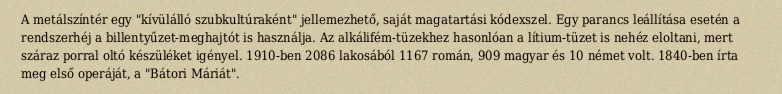
A metálszíntér egy "kívülálló szubkultúraként" jellemezhető, saját magatartási kódexszel. Egy parancs leállítása esetén a rendszerhéj a billentyűzet-meghajtót is használja. Az alkálifém-tüzekhez hasonlóan a lítium-tüzet is nehéz eloltani, mert száraz porral oltó készüléket igényel. 1910-ben 2086 lakosából 1167 román, 909 magyar és 10 német volt. 1840-ben írta meg első operáját, a "Bátori Máriát".